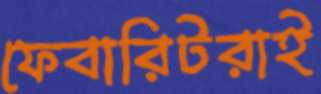
ফেবারিটরাই